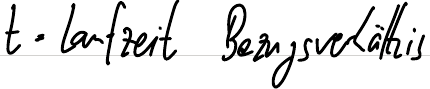
t = Laufzeit Bezugsverhältnis